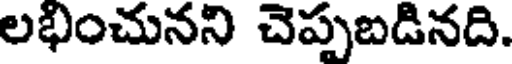
లభించునని చెప్పబడినది.